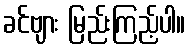
ခင်ဗျား မြည်းကြည့်ပါ။